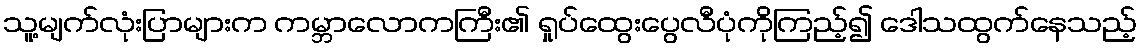
သူ့မျက်လုံးပြာများက ကမ္ဘာလောကကြီး၏ ရှုပ်ထွေးပွေလီပုံကိုကြည့်၍ ဒေါသထွက်နေသည့်